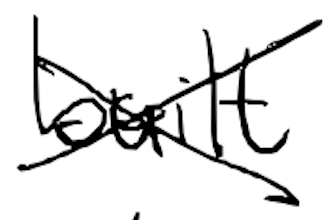
Text: built
Cross-out: cross
Writing tool: digital_black